Annual report on the mental hospital in the Central Provinces and Berar (Nagpur) - 1927-1951
Year: 1927
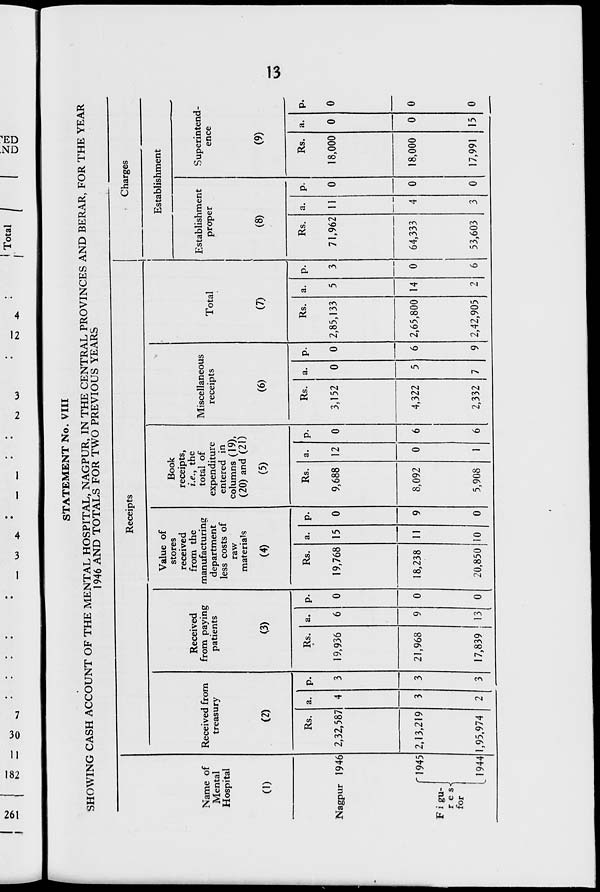
I 2
OO
—
V>i
tNi
—
O
*vl
—
v>>
K)
l»
Total
K>
I I DO
STATEMENT No. VIII
SHOWING CASH ACCOUNT OF THE MENTAL HOSPITAL, NAGPUR, IN THE CENTRAL PROVINCES AND BERAR, FOR THE YEAR
1946 AND TOTALS FOR TWO PREVIOUS YEARS
Name of
Mental
Hospital
(1)
Receipts
Received from
treasury
Nagpur 1946
1945
Figu-
r e s
for
(2)
Rs.
2,32,587
2,13,219
Received
from paying
patients
(3)
Rs.
9,936
21,968
9
LI 944 1,95,974 2|3
0
0
Value of
stores
received
from the
manufacturing
department
less costs of
raw
materials
(4)
Charges
Rs.
19,768
18,238
17,839 ! 13
a.
15
11
0
20,850
0
10
0
Book
receipts,
i.e., the
total of
expenditure
entered in
columns (19),
(20) and (21)
(5)
Rs.
9,688 12
8,092
0
0
5,908
Miscellaneous
receipts
(6)
Total
Establishment
Establishment
proper
(7)
Rs.
3,152
0
4,322
2,332
0
7
9
Rs.
2,85,133
2,65,800
2,42,905
14 0
(8)
Rs.
71,962
64,333
2 6 53,603
3 0
Superintend-
ence
(9)
Rs. a.
0
0
18,000
18,000
17,991
0
0
0
15
0
0
W3